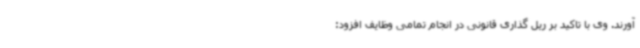
آورند. وی با تاکید بر ریل گذاری قانونی در انجام تمامی وظایف افزود: